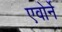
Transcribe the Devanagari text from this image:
एवोर्ने